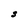
Character: S